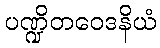
ပဏ္ဍိတဝေဒနိယံ